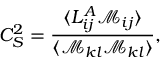
C _ { S } ^ { 2 } = \frac { \langle { L _ { i j } ^ { A } \mathcal M _ { i j } } \rangle } { \langle { \mathcal M _ { k l } \mathcal M _ { k l } } \rangle } ,